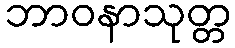
ဘာဝနာသုတ္တ